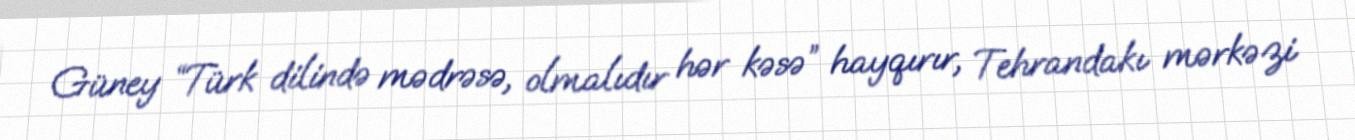
Güney “Türk dilində mədrəsə, olmalıdır hər kəsə” hayqırır, Tehrandakı mərkəzi